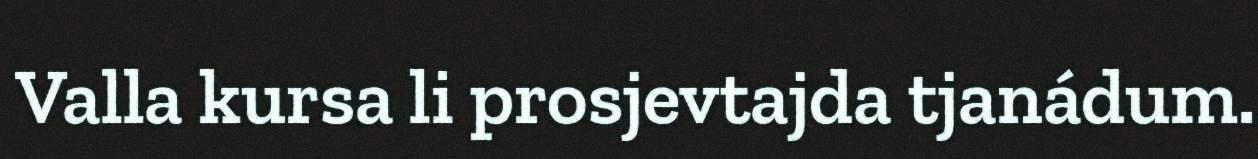
Valla kursa li prosjevtajda tjanádum.